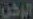
الركن